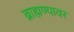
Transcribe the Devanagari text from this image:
ब्राह्मण्यावर